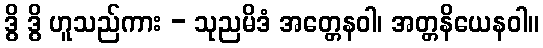
ဒွိ ဒွိ ဟူသည်ကား - သုညမိဒံ အတ္တေနဝါ၊ အတ္တနိယေနဝါ။